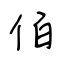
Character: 佰